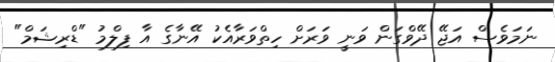
ނަމަވެސް އަޖޭ ދޭވްގަން ވަނީ ވަރަށް ހިތްވަރާއެކު އޭނާގެ އާ ފިލްމު "ޑްރިޝަމް"